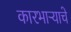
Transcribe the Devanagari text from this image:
कारभाऱ्याचे